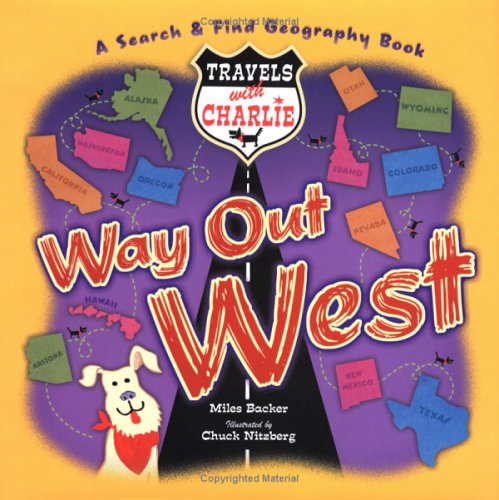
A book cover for Travels with Charlie: Way Out West; Miles Backer; Teen & Young Adult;